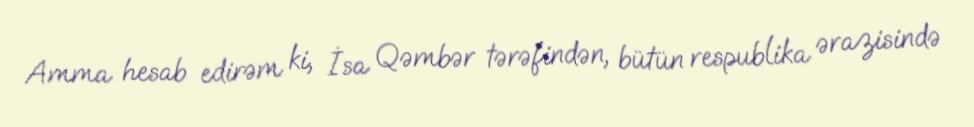
Amma hesab edirəm ki, İsa Qəmbər tərəfindən, bütün respublika ərazisində